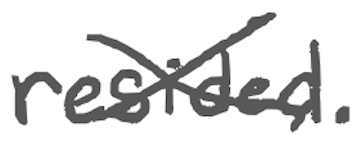
Text: resided.
Cross-out: cross
Writing tool: digital_gray